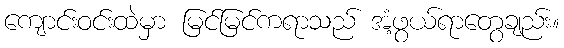
ကျောင်းဝင်းထဲမှာ မြင်မြင်ကရာသည် အံ့ဖွယ်ရာတွေချည်း။